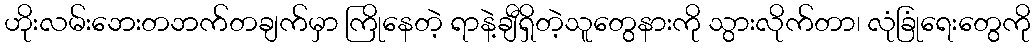
ဟိုးလမ်းဘေးတဘက်တချက်မှာ ကြိုနေတဲ့ ရာနဲ့ချီရှိတဲ့သူတွေနားကို သွားလိုက်တာ၊ လုံခြုံရေးတွေကို